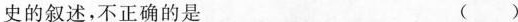
史的叙述，不正确的是 ()